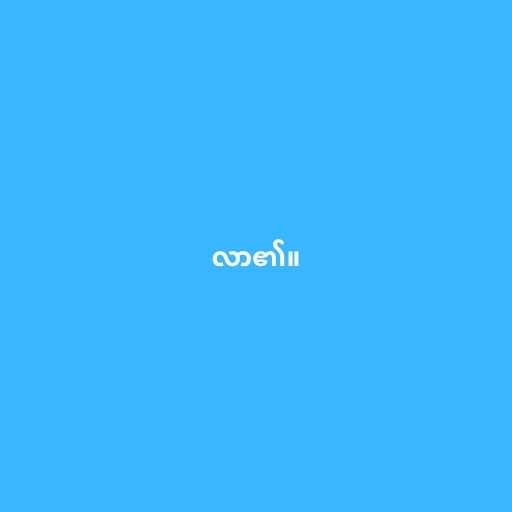
လာ၏။